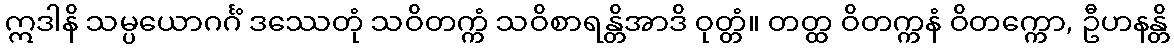
ဣဒါနိ သမ္ပယောဂင်္ဂံ ဒဿေတုံ သဝိတက္ကံ သဝိစာရန္တိအာဒိ ဝုတ္တံ။ တတ္ထ ဝိတက္ကနံ ဝိတက္ကော, ဦဟနန္တိ